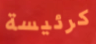
كرئيسة